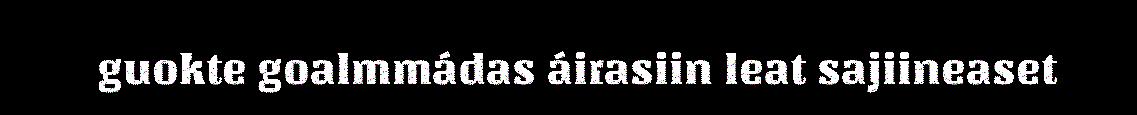
guokte goalmmádas áirasiin leat sajiineaset